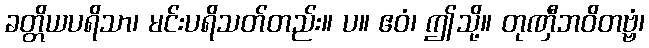
ခတ္တိယပရိသာ၊ မင်းပရိသတ်တည်း။ ပ။ ဧဝံ၊ ဤသို့။ တုဏှီဘဝိတဗ္ဗံ၊